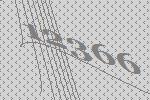
12366